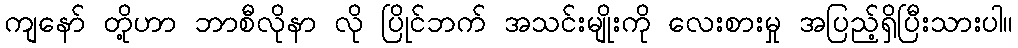
ကျနော် တို့ဟာ ဘာစီလိုနာ လို ပြိုင်ဘက် အသင်းမျိုးကို လေးစားမှု အပြည့်ရှိပြီးသားပါ။